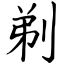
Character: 剃